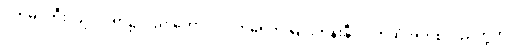
ဝက်မှင်ဘီး ပြုလုပ်ရာ၌လည်းကောင်း၊ ဝက်ရေကို မြင်းကုန်းနှီး၊ ပိုက်ဆံအိတ်စသည်တို့ကို